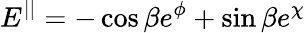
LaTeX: E^{||}=-\cos\beta e^{\phi}+\sin\beta e^{\chi}